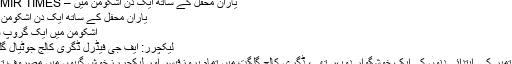
یارانِ محفل کے ساتھ ایک دن اشکومن میں – PAMIR TIMES
یارانِ محفل کے ساتھ ایک دن اشکومن میں
اشکومن میں ایک گروپ فوٹو
لیکچرر: ایف جی فیڈرل ڈگری کالج جوٹیال گلگت
یہ ستمبر کے ابتدائی دنوں کی ایک خوشگوار دوپہر تھی، ڈگری کالج گلگت میں تمام پروزفیسر اور لیکچررزخوش گپیوں میں مصروف تھے۔